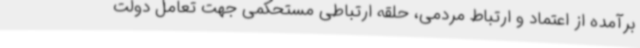
برآمده از اعتماد و ارتباط مردمی، حلقه ارتباطی مستحکمی جهت تعامل دولت